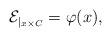
LaTeX: \begin{align*}\mathcal{E}_{|_{x \times C}} = \varphi(x),\end{align*}